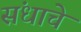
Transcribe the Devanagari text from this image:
संधाचे